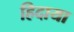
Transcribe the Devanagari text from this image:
हिदाया